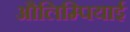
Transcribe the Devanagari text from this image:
औलिम्पियाई